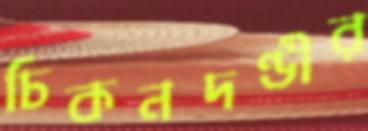
চিকনদণ্ডীর